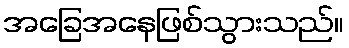
အခြေအနေဖြစ်သွားသည်။